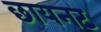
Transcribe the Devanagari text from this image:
छायनट